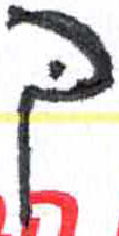
אות: ך